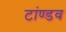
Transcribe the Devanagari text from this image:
टांण्डव